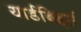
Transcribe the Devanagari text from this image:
यार्डबिर्ड्स